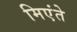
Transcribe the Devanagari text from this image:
मिएंते